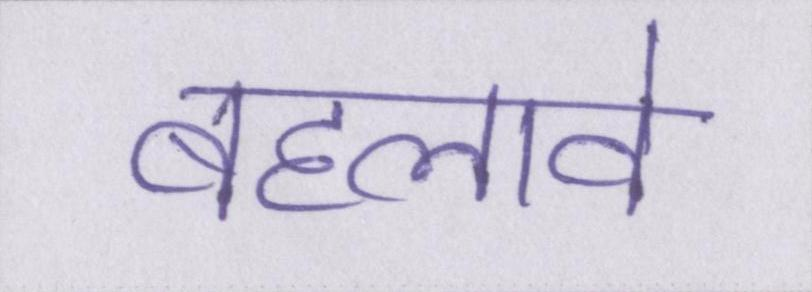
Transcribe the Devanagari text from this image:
बहलावे